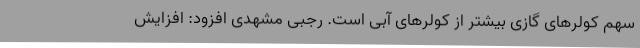
سهم کولرهای گازی بیشتر از کولرهای آبی است. رجبی مشهدی افزود: افزایش